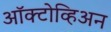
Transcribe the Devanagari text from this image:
ऑक्टोव्हिअन